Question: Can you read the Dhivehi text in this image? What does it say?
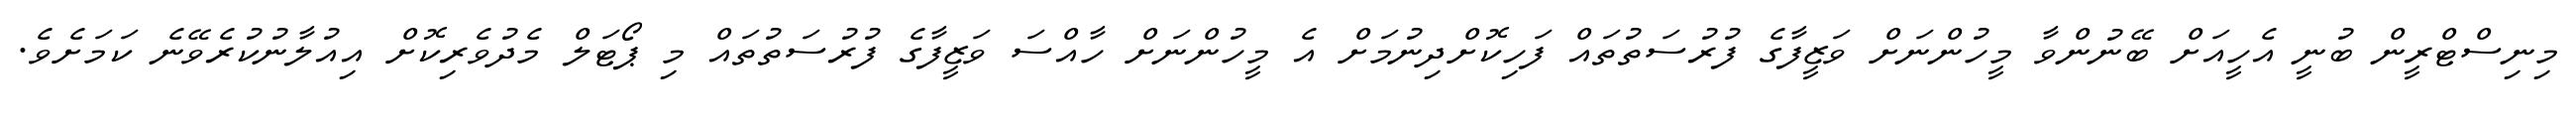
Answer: މިނިސްޓްރީން ބުނީ އެހީއަށް ބޭނުންވާ މީހުންނަށް ވަޒީފާގެ ފުރުސަތުތައް ފަހިކޮށްދިނުމަށް އެ މީހުންނަށް ހާއްސަ ވަޒީފާގެ ފުރުސަތުތައް މި ޕޯޓަލް މެދުވެރިކޮށް އިއުލާނުކުރެވޭނެ ކަމަށެވެ.